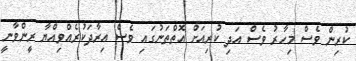
ކުރިން ވެސް މިހާރު ވެސް އަދި ކުރިއަށް އޮތްތަނުގައި ވެސް އިރާދަކުރެއްވިއްޔާ ރީންވާނީ